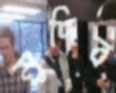
মুদিব